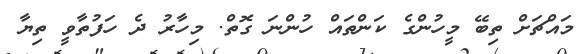
މައްޗަށް ތިބޭ މީހުންގެ ކަންތައް ހުންނަ ގޮތް. މިހާރު ދެ ހަފުތާވީ ތިޔާ